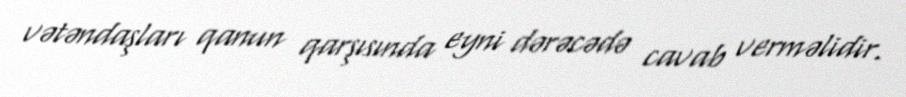
vətəndaşları qanun qarşısında eyni dərəcədə cavab verməlidir.